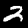
Label: 2